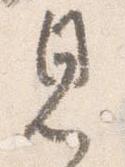
見